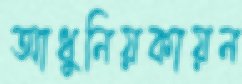
আধুনিয়কায়ন